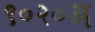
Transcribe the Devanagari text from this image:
९०२०अ